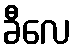
ခီလေ